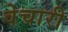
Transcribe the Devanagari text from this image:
वेचारी